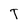
Character: T